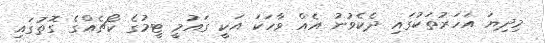
މިދިޔަ އަހަރުތަކުގައި ދެކެވުނު އެއް ވާހަކަ އަކީ ގައުމީ ޓީމުގެ ކޯޗެއްގެ ގޮތުގައި